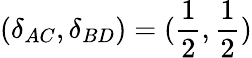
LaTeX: (\delta_{AC},\delta_{BD})=(\frac{1}{2},\frac{1}{2})